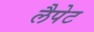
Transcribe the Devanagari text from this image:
लैपेट